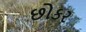
છોકર